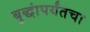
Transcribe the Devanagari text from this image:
बुद्धांपर्यंतचा